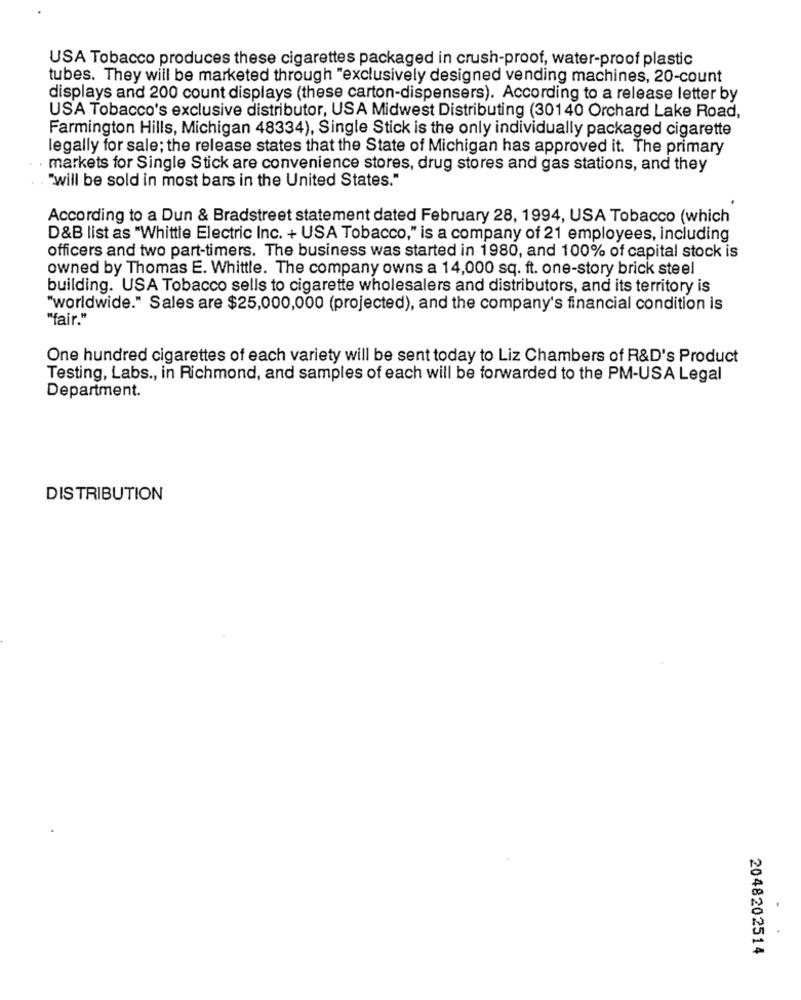
USA Tobacco produces these cigarettes packaged in crush-proof, water-proof plastic
tubes. They will be marketed through "exclusively designed vending machines, 20-count
displays and 200 count displays (these carton-dispensers). According to a release letter by
USA Tobacco's exclusive distributor, USA Midwest Distributing (30140 Orchard Lake Road,
Farmington Hills, Michigan 48334), Single Stick is the only individually packaged cigarette
legally for sale; the release states that the State of Michigan has approved it. The primary
markets for Single Stick are convenience stores, drug stores and gas stations, and they
"will be sold in most bars in the United States."
According to a Dun & Bradstreet statement dated February 28, 1994, USA Tobacco (which
D&B list as "Whittle Electric Inc. + USA Tobacco," is a company of 21 employees, including
officers and two part-timers. The business was started in 1980, and 100% of capital stock is
owned by Thomas E. Whittle. The company owns a 14,000 sq. ft. one-story brick steel
building. USA Tobacco sells to cigarette wholesalers and distributors, and its territory is
"worldwide." Sales are $25,000,000 (projected), and the company's financial condition is
"fair."
One hundred cigarettes of each variety will be sent today to Liz Chambers of R&D's Product
Testing, Labs ., in Richmond, and samples of each will be forwarded to the PM-USA Legal
Department.
DISTRIBUTION
2048202514